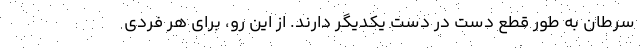
سرطان به طور قطع دست در دست یکدیگر دارند. از این رو، برای هر فردی